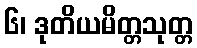
၆၊ ဒုတိယမိတ္တသုတ္တ